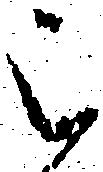
被